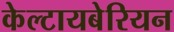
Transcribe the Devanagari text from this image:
केल्टायबेरियन